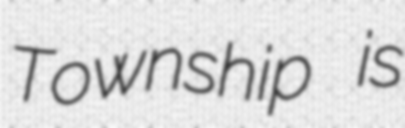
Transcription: Township is